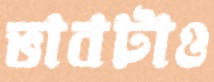
ভাবটাও